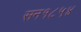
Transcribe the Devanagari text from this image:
सन१८५४